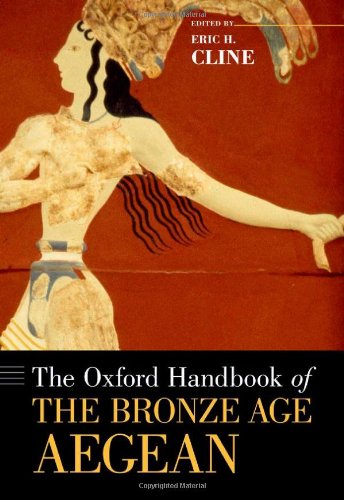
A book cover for The Oxford Handbook of the Bronze Age Aegean (Oxford Handbooks); Eric H. Cline; Literature & Fiction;